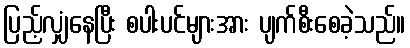
ပြည့်လျှံနေပြီး စပါးပင်များအား ပျက်စီးစေခဲ့သည်။